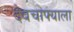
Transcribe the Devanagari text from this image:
देवचाफ्याला